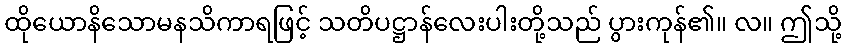
ထိုယောနိသောမနသိကာရဖြင့် သတိပဋ္ဌာန်လေးပါးတို့သည် ပွားကုန်၏။ လ။ ဤသို့